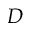
D